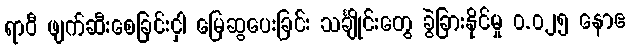
ရာဝီ ဖျက်ဆီးစေခြင်းငှါ မြေဆွပေးခြင်း သင်္ချိုင်းတွေ ခွဲခြားနိုင်မှု ၀.၀၂၅ နောဧ